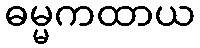
ဓမ္မကထာယ